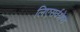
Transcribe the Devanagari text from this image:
लिएसर्वश्रेष्ठ